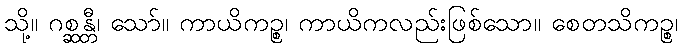
သို့။ ဂစ္ဆန္တီ၊ သော်။ ကာယိကဉ္စ၊ ကာယိကလည်းဖြစ်သော။ စေတသိကဉ္စ၊